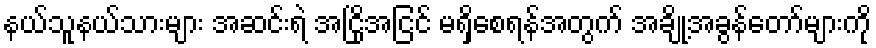
နယ်သူနယ်သားများ အဆင်းရဲ အငြိုအငြင် မရှိစေရန်အတွက် အချို့အခွန်တော်များကို